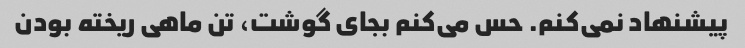
پیشنهاد نمی‌کنم. حس می‌کنم بجای گوشت، تن ماهی ریخته بودن